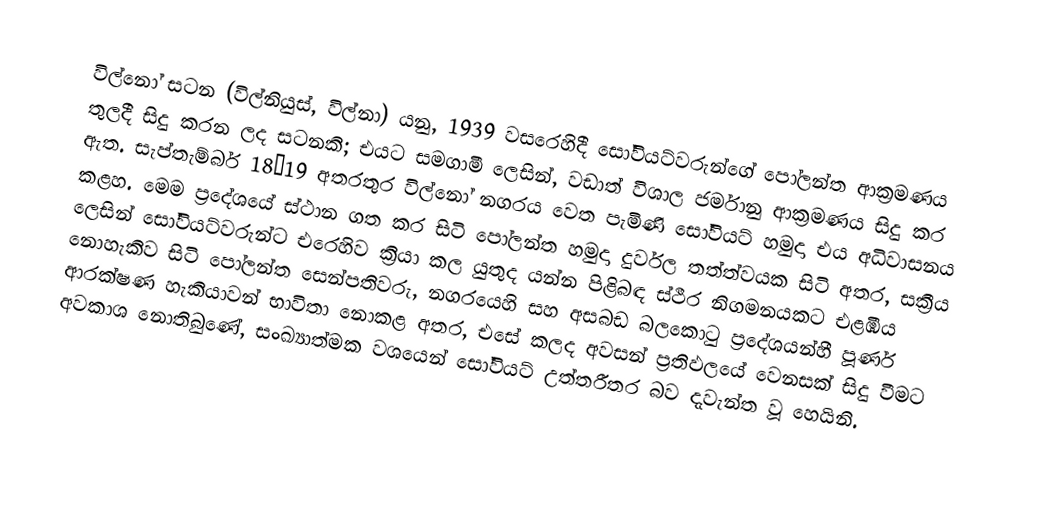
විල්නෝ සටන (විල්නියුස්, විල්නා) යනු, 1939 වසරෙහිදී සෝවියට්වරුන්ගේ පෝලන්ත ආක්‍රමණය තුලදී සිදු කරන ලද සටනකි; එයට සමගාමී ලෙසින්, වඩාත් විශාල ජර්මානු ආක්‍රමණය සිදු කර ඇත. සැප්තැම්බර් 18–19 අතරතුර  විල්නෝ නගරය වෙත පැමිණි සෝවියට් හමුදා එය අධිවාසනය කළහ. මෙම ප්‍රදේශයේ ස්ථාන ගත කර සිටි පෝලන්ත හමුදා දුර්වල තත්ත්වයක සිටි අතර, සක්‍රීය ලෙසින් සෝවියට්වරුන්ට එරෙහිව ක්‍රියා කල යුතුද යන්න පිළිබඳ ස්ථීර නිගමනයකට එළඹිය නොහැකිව සිටි පෝලන්ත සෙන්පතිවරු, නගරයෙහි සහ අසබඩ බලකොටු ප්‍රදේශයන්හී පූර්ණ ආරක්ෂණ හැකියාවන් භාවිතා නොකළ අතර, එසේ කලද අවසන් ප්‍රතිඵලයේ වෙනසක් සිදු වීමට අවකාශ නොතිබුණේ, සංඛ්‍යාත්මක වශයෙන් සෝවියට් උත්තරීතර බව දැවැන්ත වූ හෙයිනි.